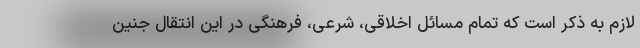
لازم به ذکر است که تمام مسائل اخلاقی، شرعی، فرهنگی در این انتقال جنین